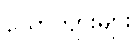
ယောက်ျားများ